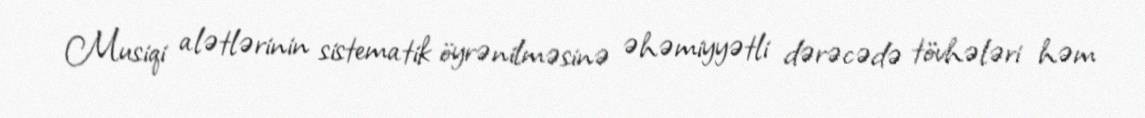
Musiqi alətlərinin sistematik öyrənilməsinə əhəmiyyətli dərəcədə tövhələri həm